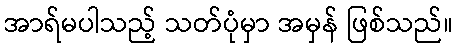
အာရ်မပါသည့် သတ်ပုံမှာ အမှန် ဖြစ်သည်။